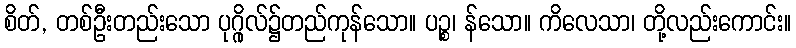
စိတ်, တစ်ဦးတည်းသော ပုဂ္ဂိုလ်၌တည်ကုန်သော။ ပဉ္စ၊ န်သော။ ကိလေသာ၊ တို့လည်းကောင်း။